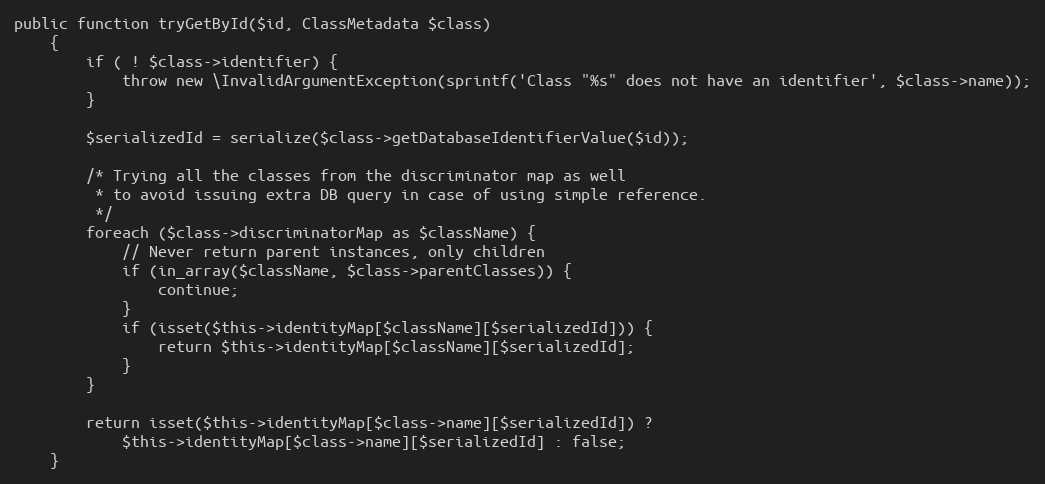
Language: PHP
public function tryGetById($id, ClassMetadata $class)
    {
        if ( ! $class->identifier) {
            throw new \InvalidArgumentException(sprintf('Class "%s" does not have an identifier', $class->name));
        }

        $serializedId = serialize($class->getDatabaseIdentifierValue($id));

        /* Trying all the classes from the discriminator map as well
         * to avoid issuing extra DB query in case of using simple reference.
         */
        foreach ($class->discriminatorMap as $className) {
            // Never return parent instances, only children
            if (in_array($className, $class->parentClasses)) {
                continue;
            }
            if (isset($this->identityMap[$className][$serializedId])) {
                return $this->identityMap[$className][$serializedId];
            }
        }

        return isset($this->identityMap[$class->name][$serializedId]) ?
            $this->identityMap[$class->name][$serializedId] : false;
    }